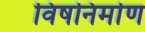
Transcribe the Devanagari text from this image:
विषनिर्माण